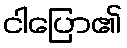
ငါပြော၏